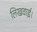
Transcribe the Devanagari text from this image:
लिखवाई।